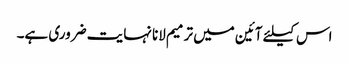
اس کیلئے آئین میں ترمیم لانا نہایت ضروری ہے۔